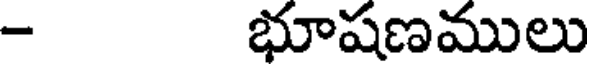
- భూషణములు